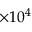
\times 1 0 ^ { 4 }